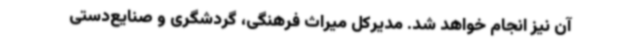
آن نیز انجام خواهد شد. مدیرکل میراث فرهنگی، گردشگری و صنایع‌دستی